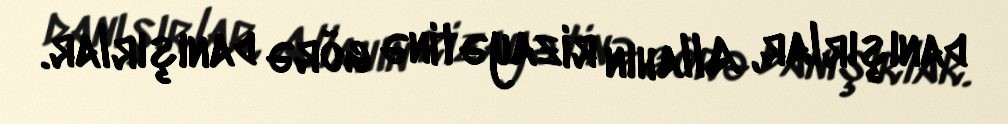
danışırlar, Allahın rizayətinə görə danışırlar.